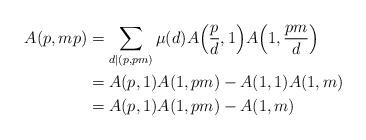
LaTeX: \begin{align*} A(p, m p) &= \sum_{d \mid (p, p m)} \mu(d) A\Big ( \frac{p}{d}, 1 \Big ) A \Big ( 1, \frac{p m}{d} \Big ) \\ &= A(p, 1) A(1, p m) - A(1, 1) A(1, m) \\ &= A(p, 1) A(1, p m) - A(1, m)\end{align*}